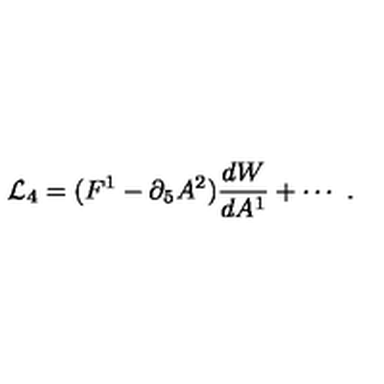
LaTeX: { \cal L } _ { 4 } = ( F ^ { 1 } - \partial _ { 5 } A ^ { 2 } ) { \frac { d W } { d A ^ { 1 } } } + \cdots \ .